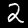
Digit: 2